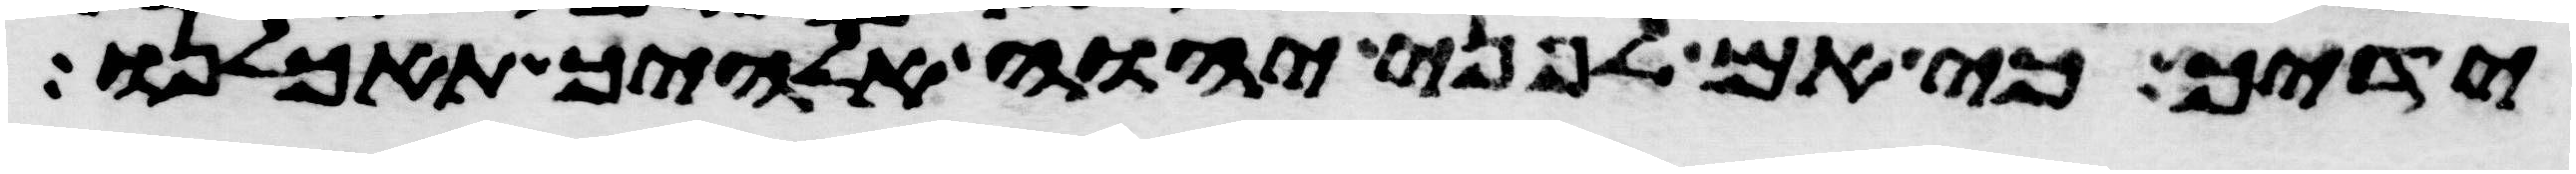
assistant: ידיך כי אם לפני יהוה אלהיך תאכלנו